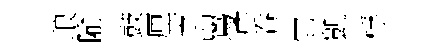
琅隃鼓厘芝鸎彥呑它凱桴